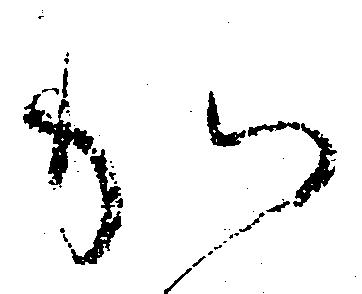
か